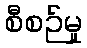
စီစဉ်မှု